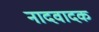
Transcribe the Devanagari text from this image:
नादवादक